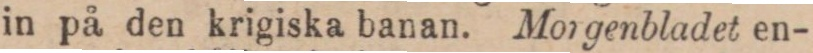
in på den krigiska banan. Morgenbladet en-